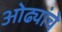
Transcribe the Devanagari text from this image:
ओढ्यांचे